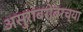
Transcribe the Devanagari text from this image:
असुरांबरोबरच्या